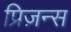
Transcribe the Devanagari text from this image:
प्रिज़न्स